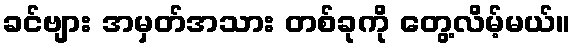
ခင်ဗျား အမှတ်အသား တစ်ခုကို တွေ့လိမ့်မယ်။